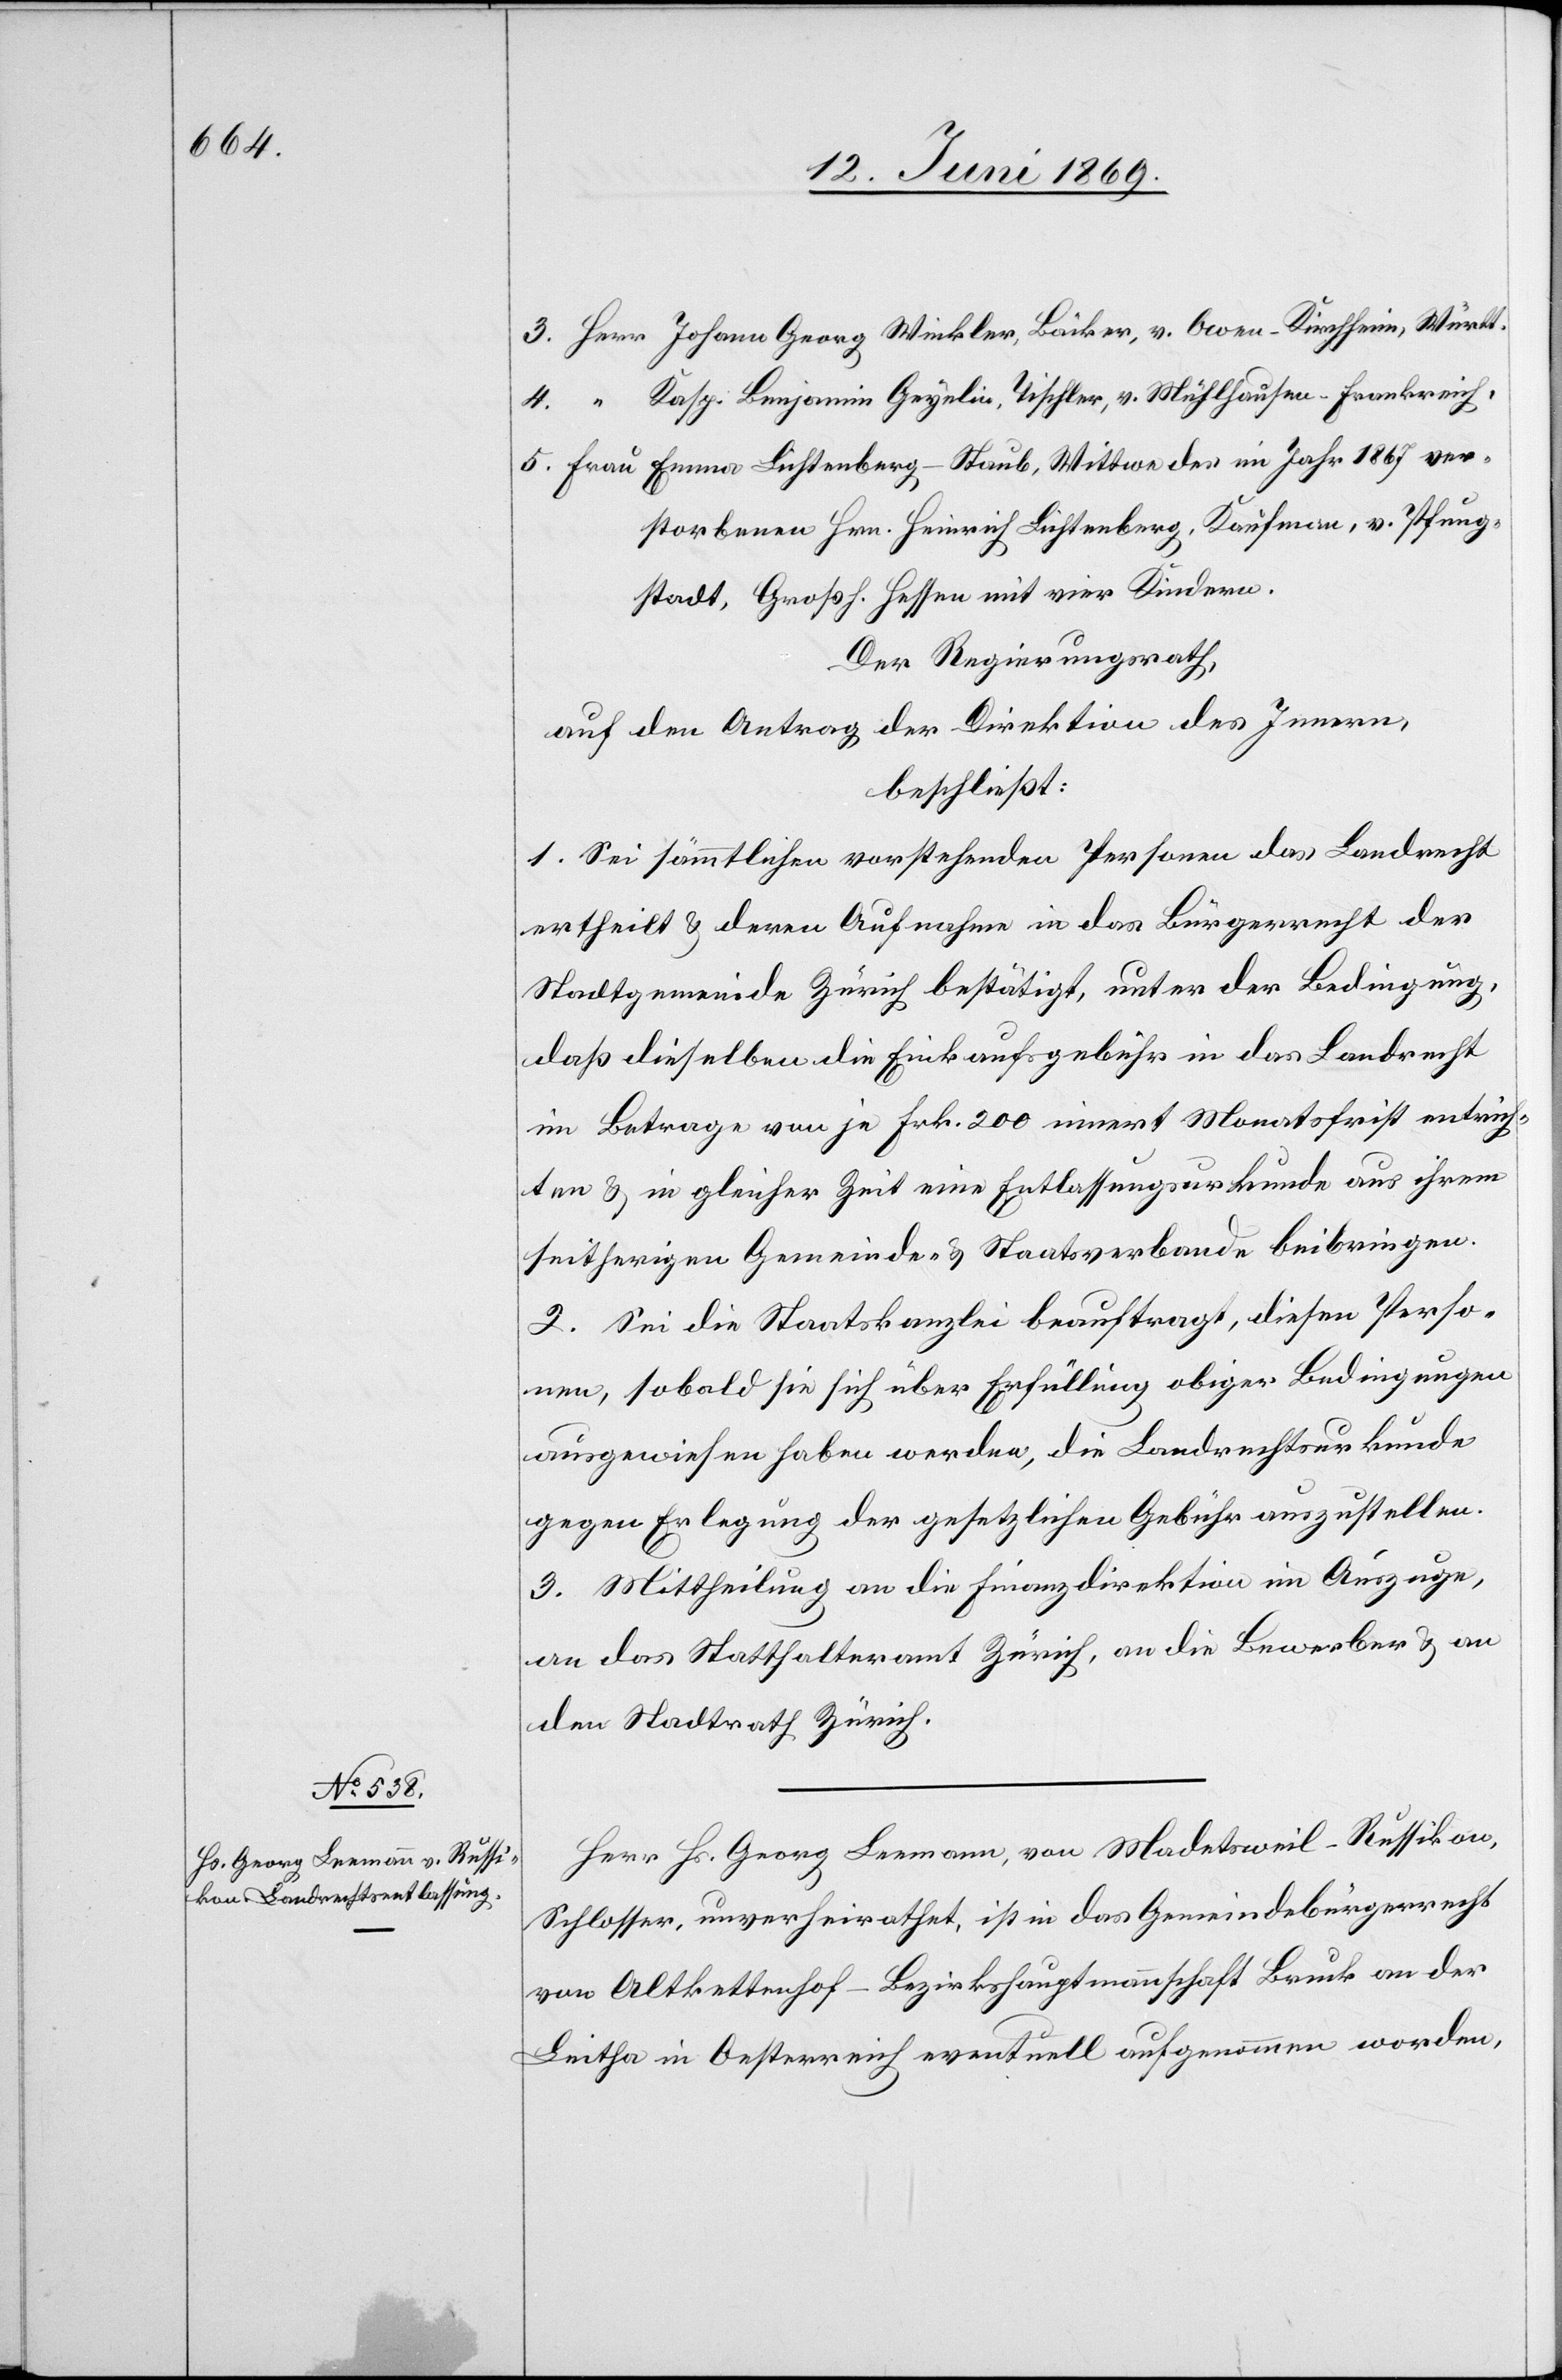
3. “		Johann Georg Winkler, Bäcker, v. Owen-Kirchheim, Württ.
4. “		Kasp. Benjamin Geyelin, Tischler, v. Mühlhausen–Frankreich.
5. Frau	Emma Lichtenberg–Staub, Wittwe des im Jahr 1867 ver¬
storbenen Hrn. Heinrich Lichtenberg, Kaufman [sic!], v. Pfung¬
stadt, Großh. Hessen mit vier Kindern.
Der Regierungsrath,
auf den Antrag der Direktion des Innern,
beschließt:
1. Sei sämmtlichen vorstehenden Personen das Landrecht
ertheilt, u. deren Aufnahme in das Bürgerrecht der
Stadtgemeinde Zürich bestätigt, unter der Bedingung,
daß dieselben die Einkaufsgebühr in das Landrecht
im Betrage von je Frk. 200 innert Monatsfrist entrich¬
ten u. in gleicher Zeit eine Entlassungsurkunde aus ihrem
seitherigen Gemeinde- u. Staatsverbande beibringen.
2. Sei die Staatskanzlei beauftragt, diesen Perso¬
nen, sobald sie sich über Erfüllung obiger Bedingungen
ausgewiesen haben werden, die Landrechtsurkunde
gegen Erlegung der gesetzlichen Gebühr auszustellen.
3. Mittheilung an die Finanzdirektion im Auszuge,
an das Statthalteramt Zürich, an die Bewerber u. an
den Stadtrath Zürich.
Herr Hs. Georg Leemann, von Madetsweil-Russikon,
Schlosser, unverheirathet, ist in das Gemeindebürgerrecht
von Altkettenhof-Bezirkshauptmannschaft Bruck an der
Leitha in Oesterreich eventuell aufgenommen worden,